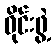
ဝိုင်းဖွဲ့